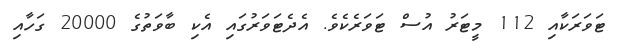
ޓަވަރަކާއި 112 މީޓަރު އުސް ޓަވަރެކެވެ. އެދެޓަވަރުގައި އެކި ބާވަތުގެ 20000 ގަހާއި